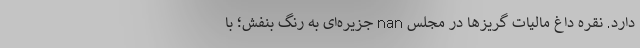
دارد. نقره داغ مالیات گریزها در مجلس nan جزیره‌ای به رنگ بنفش؛ با